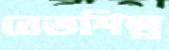
বেতশিল্প